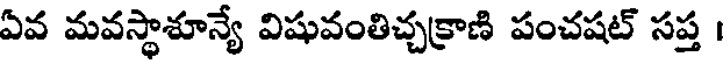
ఏవ మవస్థాశూన్యే విషువంతిచ్చక్రాణి పంచషట్ సప్త ।